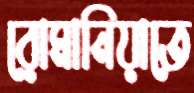
রোমানিয়াতে